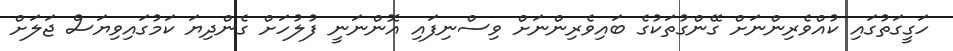
ހަގީގަތުގައި ކުއްވެރިންނަށް ގޭންގުތަކުގެ ބައިވެރިންނަށް ވިސްނިފައި އޮންނަނީ ފުލުހަށް ގެންދިޔަ ކަމުގައިވިޔަސް ޖަލަށް